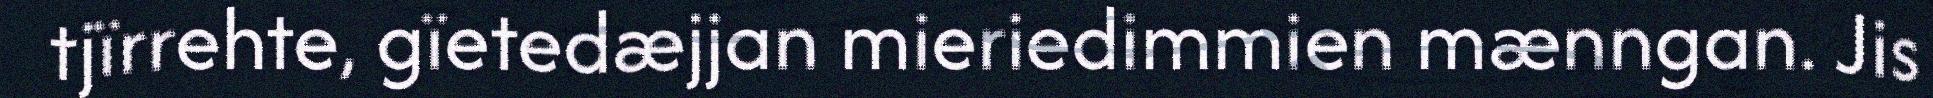
tjïrrehte, gïetedæjjan mieriedimmien mænngan. Jis